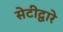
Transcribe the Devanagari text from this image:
सेटीद्वारे